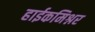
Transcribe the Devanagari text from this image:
हाईकमिश्नर